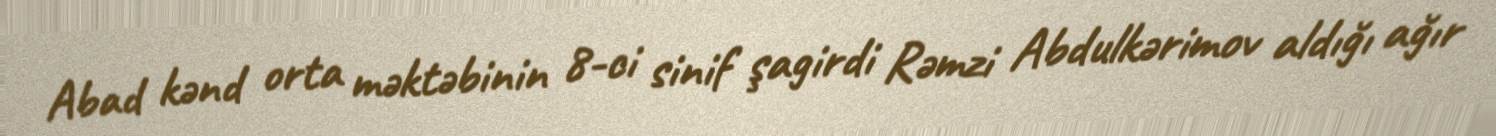
Abad kənd orta məktəbinin 8-ci sinif şagirdi Rəmzi Abdulkərimov aldığı ağır